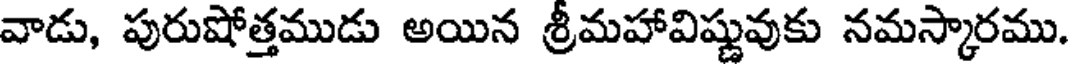
వాడు, పురుషోత్తముడు అయిన శ్రీమహావిష్ణువుకు నమస్కారము.